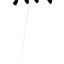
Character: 煮